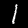
Label: 1